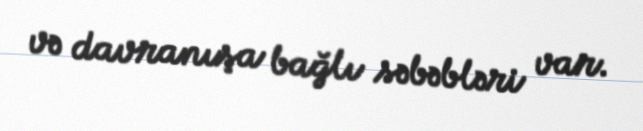
və davranışa bağlı səbəbləri var.